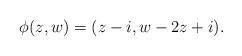
LaTeX: \begin{align*}\phi(z,w)=(z-i,w-2z + i). \end{align*}